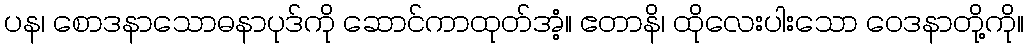
ပန၊ စောဒနာသောဓနာပုဒ်ကို ဆောင်ကာထုတ်အံ့။ ဧတာနိ၊ ထိုလေးပါးသော ဝေဒနာတို့ကို။